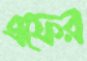
এফের